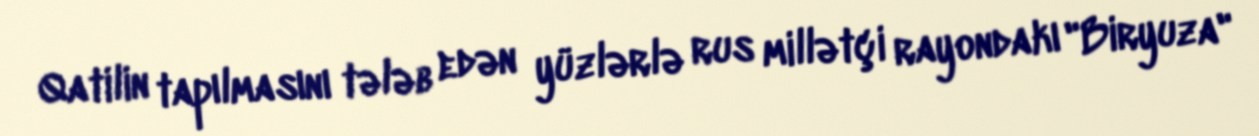
Qatilin tapılmasını tələb edən yüzlərlə rus millətçi rayondakı "Biryuza"